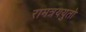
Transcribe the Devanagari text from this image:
रामत्रययुतो